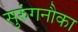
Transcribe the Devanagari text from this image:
सुरुंगनौका